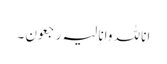
انا للہ وانا لیہ رجعون ۔